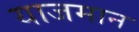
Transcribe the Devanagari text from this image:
याजमान